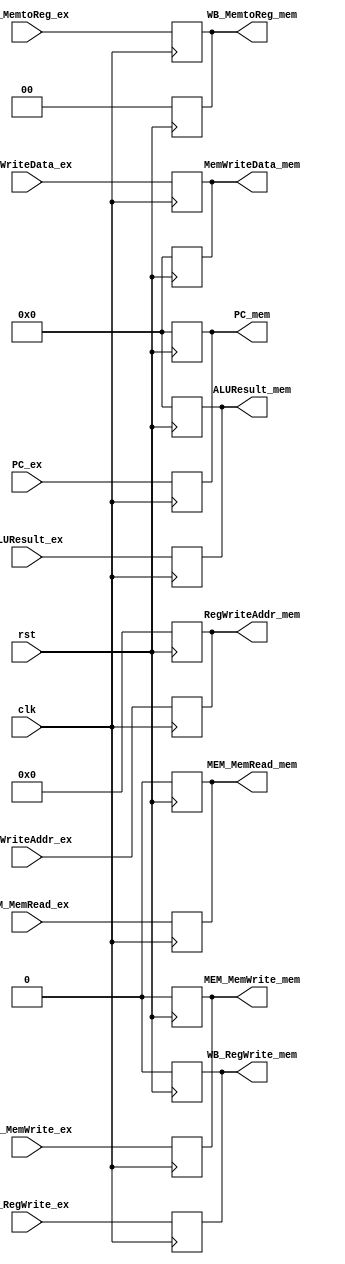
module EX_MEM( 
    input clk,
    input rst,
    //control signals
    input [1:0] WB_MemtoReg_ex,
    input WB_RegWrite_ex,
    input MEM_MemWrite_ex,
    input MEM_MemRead_ex,
    //address
    input [4:0] RegWriteAddr_ex,
    //data
    input [31:0] PC_ex,
    input [31:0] ALUResult_ex,
    input [31:0] MemWriteData_ex,
    
    output reg[1:0] WB_MemtoReg_mem,
    output reg WB_RegWrite_mem,
    output reg MEM_MemWrite_mem,
    output reg MEM_MemRead_mem,
    output reg[4:0] RegWriteAddr_mem,
    output reg[31:0] PC_mem,
    output reg[31:0] ALUResult_mem,
    output reg[31:0] MemWriteData_mem
);

    always @(posedge rst) begin
        WB_MemtoReg_mem<=0;
        WB_RegWrite_mem<=0;
        MEM_MemWrite_mem<=0;
        MEM_MemRead_mem<=0;
        RegWriteAddr_mem<=0;
        PC_mem<=0;
        ALUResult_mem<=0;
        MemWriteData_mem<=0;
    end
    always @(posedge clk ) begin
        WB_MemtoReg_mem<=WB_MemtoReg_ex;
        WB_RegWrite_mem<=WB_RegWrite_ex;
        MEM_MemWrite_mem<=MEM_MemWrite_ex;
        MEM_MemRead_mem<=MEM_MemRead_ex;
        RegWriteAddr_mem<=RegWriteAddr_ex;
        PC_mem<=PC_ex;
        ALUResult_mem<=ALUResult_ex;
        MemWriteData_mem<=MemWriteData_ex;
    end
endmodule